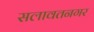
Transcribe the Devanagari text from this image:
सलावतनगर